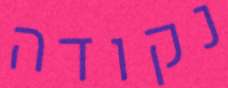
נקודה